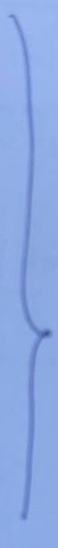
}